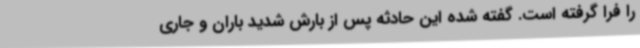
را فرا گرفته است. گفته شده این حادثه پس از بارش شدید باران و جاری